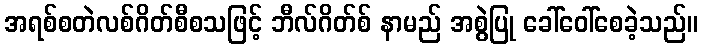
အရစ်စတဲလစ်ဂိတ်စီစသဖြင့် ဘီလ်ဂိတ်စ် နာမည် အစွဲပြု ခေါ်ဝေါ်စေခဲ့သည်။